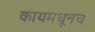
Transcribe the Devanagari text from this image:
कायमधूनच